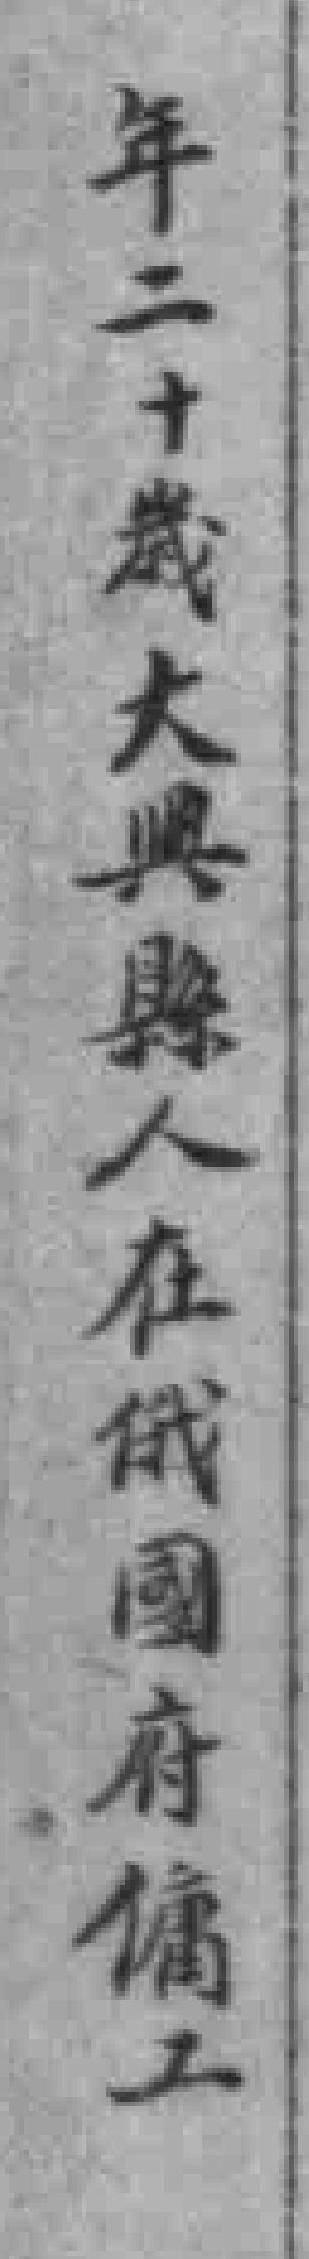
年二十歲大興縣人在俄國府傭工